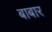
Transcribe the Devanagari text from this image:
बाबार